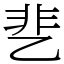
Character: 㐟